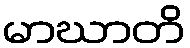
မာဃာတိ